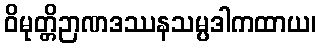
ဝိမုတ္တိဉာဏဒဿနသမ္ပဒါကထာယ၊